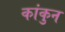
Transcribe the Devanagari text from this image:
कांकुन